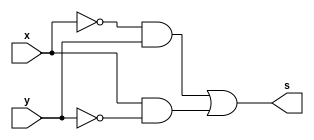
// Guia04 - 1E - Vitor Dias de Britto Milito - 806482

module fxy (output s,
input x, y);
assign s = ~x & y | x & ~y;
endmodule // fxy

module SoP (output s,
input x, y);
// mintermos
assign s = ~x & y // 1
| x & ~y; // 2
endmodule // SoP


module PoS (output S,
input X, Y);
// MAXTERMOS
assign S = ( X | Y ) // 0
& ( X | ~Y ); // 3
endmodule // PoS


module fxyz (output s1,input x, y, z);
assign s1 = ( ~x | y ) & ( y | z);
endmodule // fxyz

module Guia04;
    reg x, y, z;
    wire s1, s2, s3;
// instancias
    fxyz FXYZ1(s1, x, y, z);
    SoP SOP1 (s2, x, y);
    PoS POS1 (s3, x, y);


initial begin : inicial
x = 1'bx;y = 1'bx;z = 1'bx;
end

initial begin: main
// Identificar
$display("Guilherme Gomes de Brites - 808721");
$display("Expressao:( x' + y ) . ( y + z)");
$display(" x  y  z | ( x' + y ) . ( y + z)");
$monitor("%2b %2b %2b | %2b", x, y, z, s1);

#1 x = 0; y = 0; z = 0;
#1 x = 0; y = 0; z = 1;
#1 x = 0; y = 1; z = 0;
#1 x = 0; y = 1; z = 1;
#1 x = 1; y = 0; z = 0;
#1 x = 1; y = 0; z = 1;
#1 x = 1; y = 1; z = 0;
#1 x = 1; y = 1; z = 1;

end
endmodule